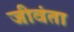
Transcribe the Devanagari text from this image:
जीवंता